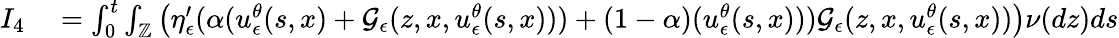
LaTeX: \begin{array}{rl}{I_{4}}&{{}=\int_{0}^{t}\int_{\mathbb{Z}}\left(\eta_{\epsilon}^{\prime}(\alpha(u_{\epsilon}^{\theta}(s,x)+\mathcal{G}_{\epsilon}(z,x,u_{\epsilon}^{\theta}(s,x)))+(1-\alpha)(u_{\epsilon}^{\theta}(s,x)))\mathcal{G}_{\epsilon}(z,x,u_{\epsilon}^{\theta}(s,x))\right)\nu(dz)ds}\end{array}